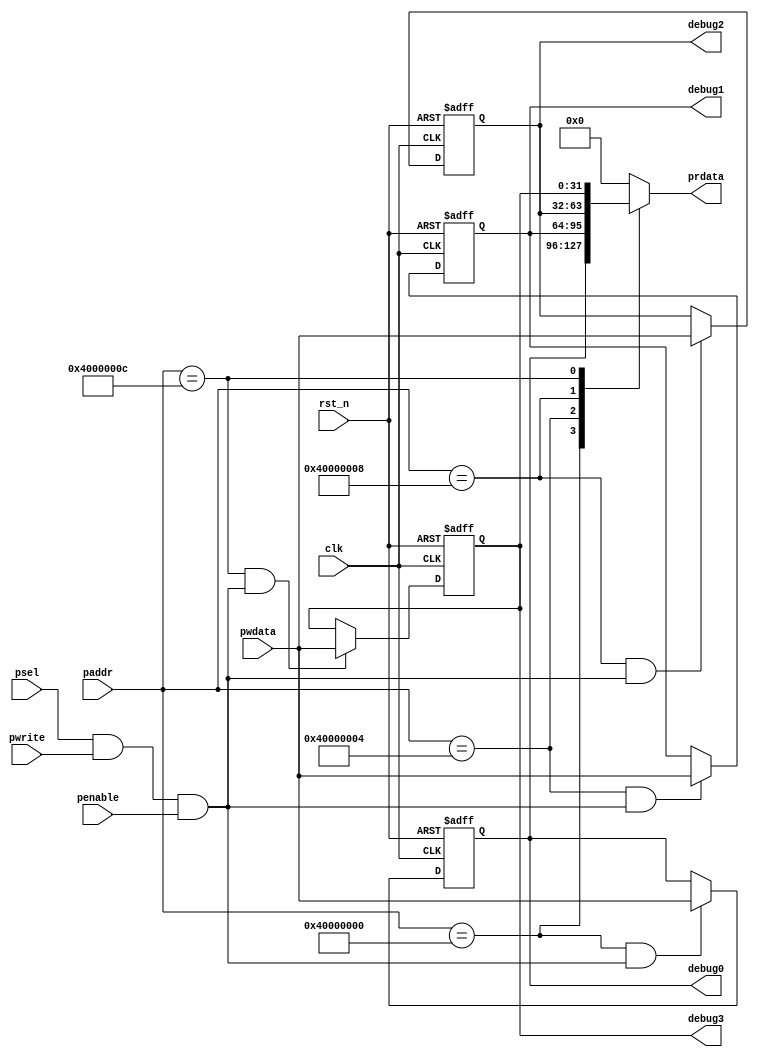
module debug_apb_cfg (
                 clk
                ,rst_n
                ,pwrite
                ,psel
                ,penable
                ,paddr
                ,pwdata
                ,prdata
                ,debug0
                ,debug1
                ,debug2
                ,debug3
                );
input           clk;
input           rst_n;
input           pwrite;
input           psel;
input           penable;
input  [31:0]   paddr;
input  [31:0]   pwdata;
output [31:0]   prdata;
output [31:0]   debug0;
output [31:0]   debug1;
output [31:0]   debug2;
output [31:0]   debug3;
wire            clk;
wire            rst_n;
wire            pwrite;
wire            psel;
wire            penable;
wire [31:0]     paddr;
wire [31:0]     pwdata;
reg  [31:0]     prdata;
reg  [31:0]     debug0;
reg  [31:0]     debug1;
reg  [31:0]     debug2;
reg  [31:0]     debug3;
wire [31:0]     DREG0;
wire [31:0]     DREG1;
wire [31:0]     DREG2;
wire [31:0]     DREG3;
wire            dreg0_wr;
wire            dreg0_rd;
wire            dreg1_wr;
wire            dreg1_rd;
wire            dreg2_wr;
wire            dreg2_rd;
wire            dreg3_wr;
wire            dreg3_rd;
wire            reg_wr;
wire            reg_rd;
assign reg_wr = psel & pwrite & penable;
assign reg_rd = psel & (~pwrite) & (~penable);
assign dreg0_wr = (paddr == 32'h40000000 + 8'h00) & reg_wr;
assign dreg0_rd = (paddr == 32'h40000000 + 8'h00) & reg_rd;
assign dreg1_wr = (paddr == 32'h40000000 + 8'h04) & reg_wr;
assign dreg1_rd = (paddr == 32'h40000000 + 8'h04) & reg_rd;
assign dreg2_wr = (paddr == 32'h40000000 + 8'h08) & reg_wr;
assign dreg2_rd = (paddr == 32'h40000000 + 8'h08) & reg_rd;
assign dreg3_wr = (paddr == 32'h40000000 + 8'h0c) & reg_wr;
assign dreg3_rd = (paddr == 32'h40000000 + 8'h0c) & reg_rd;
assign DREG0[31:0] = debug0;
assign DREG1[31:0] = debug1;
assign DREG2[31:0] = debug2;
assign DREG3[31:0] = debug3;
always@(posedge clk or negedge rst_n) begin
    if(!rst_n) begin
        debug0 <= 32'b0;
    end
    else if(dreg0_wr) begin
        debug0 <= pwdata[31:0];
    end
end
always@(posedge clk or negedge rst_n) begin
    if(!rst_n) begin
        debug1 <= 32'b0;
    end
    else if(dreg1_wr) begin
        debug1 <= pwdata[31:0];
    end
end
always@(posedge clk or negedge rst_n) begin
    if(!rst_n) begin
        debug2 <= 32'b0;
    end
    else if(dreg2_wr) begin
        debug2 <= pwdata[31:0];
    end
end
always@(posedge clk or negedge rst_n) begin
    if(!rst_n) begin
        debug3 <= 32'b0;
    end
    else if(dreg3_wr) begin
        debug3 <= pwdata[31:0];
    end
end
always@(*) begin
    case(paddr)
        32'h40000000 + 8'h00 : prdata = DREG0     ;
        32'h40000000 + 8'h04 : prdata = DREG1     ;
        32'h40000000 + 8'h08 : prdata = DREG2     ;
        32'h40000000 + 8'h0c : prdata = DREG3     ;
        default:prdata = 32'b0;
    endcase
end
endmodule